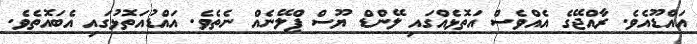
އައްޑޫއެވެ. ރާއްޖޭގެ އެއްވެސް އަތޮޅެއްގައި ލޭންޑް ޔޫސް ޕްލޭނެއް ނެތެވެ. އައްޑުއަތޮޅުގައި އެބައޮތެވެ.